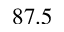
8 7 . 5